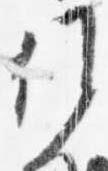
行